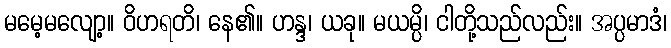
မမေ့မလျော့။ ဝိဟရတိ၊ နေ၏။ ဟန္ဒ၊ ယခု။ မယမ္ပိ၊ ငါတို့သည်လည်း။ အပ္ပမာဒံ၊